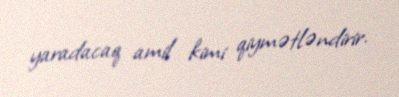
yaradacaq amil kimi qiymətləndirir.